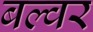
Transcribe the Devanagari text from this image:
बल्वर